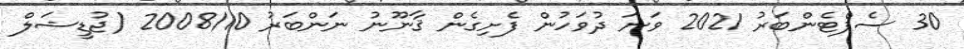
30 ސެޕްޓެންބަރު 2021 ވަނަ ދުވަހުން ފެށިގެން ޤާނޫނު ނަންބަރު 2008/10 (ޖުޑީޝަލް